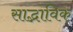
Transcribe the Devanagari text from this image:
साद्भाविक